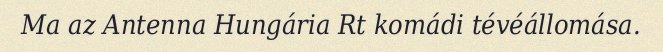
Ma az Antenna Hungária Rt komádi tévéállomása.